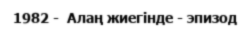
1982 -  Алаң жиегінде - эпизод